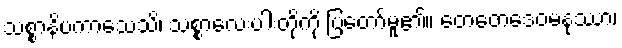
သစ္စာနိပကာသေသိ၊ သစ္စာလေးပါးတို့ကို ပြတော်မူ၏။ တေတေဒေဝမနုဿာ၊